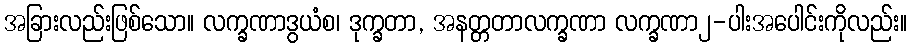
အခြားလည်းဖြစ်သော။ လက္ခဏာဒွယံစ၊ ဒုက္ခတာ, အနတ္တတာလက္ခဏာ လက္ခဏာ၂-ပါးအပေါင်းကိုလည်း။